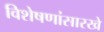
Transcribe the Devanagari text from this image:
विशेषणांसारखे